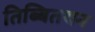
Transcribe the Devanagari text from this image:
तिब्बितयन